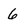
Character: 6